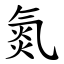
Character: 氮